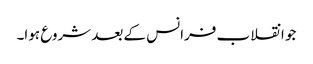
جو انقلاب فرانس کے بعد شروع ہوا۔